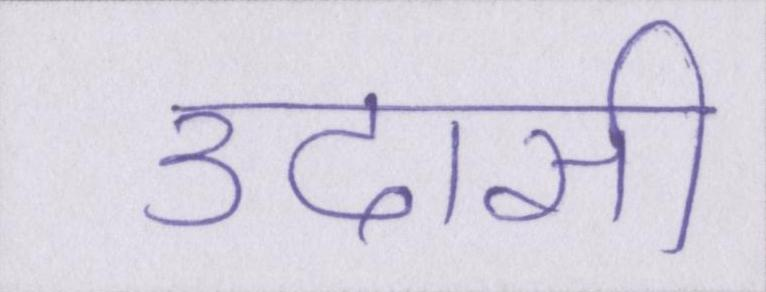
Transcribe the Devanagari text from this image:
उदासी